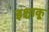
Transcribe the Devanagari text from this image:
इश्चाकू